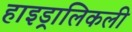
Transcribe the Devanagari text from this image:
हाइड्रालिकली